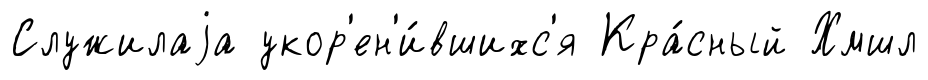
Служилаjа укор'ен'и́вшихс'я Кра́сный Хмшл